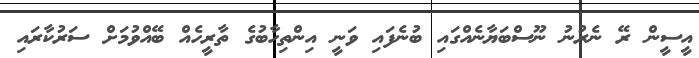
އީސީން ރޭ ނެރުނު ނޫސްބަޔާނެއްގައި ބުނެފައި ވަނީ އިންތިހާބުގެ ތާރީހެއް ބޭއްވުމަށް ސަރުކާރައި